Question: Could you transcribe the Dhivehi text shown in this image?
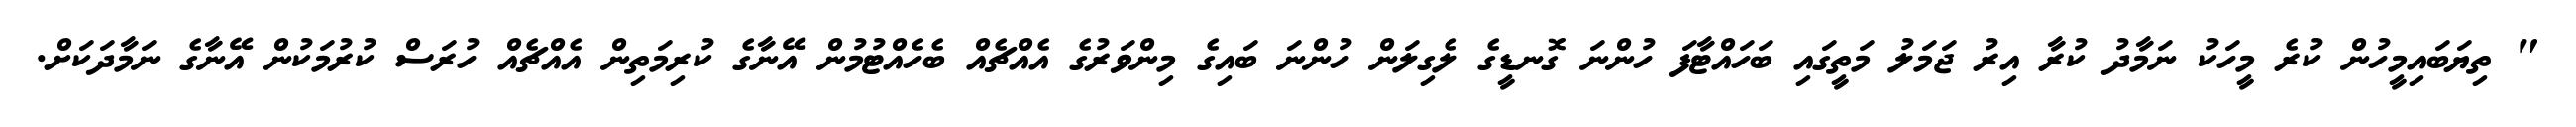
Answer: " ތިޔަބައިމީހުން ކުރެ މީހަކު ނަމާދު ކުރާ އިރު ޖަމަލު މަތީގައި ބަހައްޓާފަ ހުންނަ ގޮނޑީގެ ލެގިލަން ހުންނަ ބައިގެ މިންވަރުގެ އެއްޗެއް ބެހެއްޓުމުން އޭނާގެ ކުރިމަތިން އެއްޗެއް ހުރަސް ކުރުމަކުން އޭނާގެ ނަމާދަކަށް.